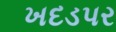
ખદડપર